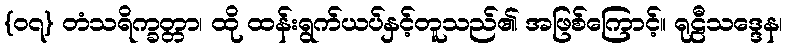
{၀၇} တံသရိက္ခတ္တာ၊ ထို ထန်းရွက်ယပ်နှင့်တူသည်၏ အဖြစ်ကြောင့်။ ရုဠီသဒ္ဒေန၊